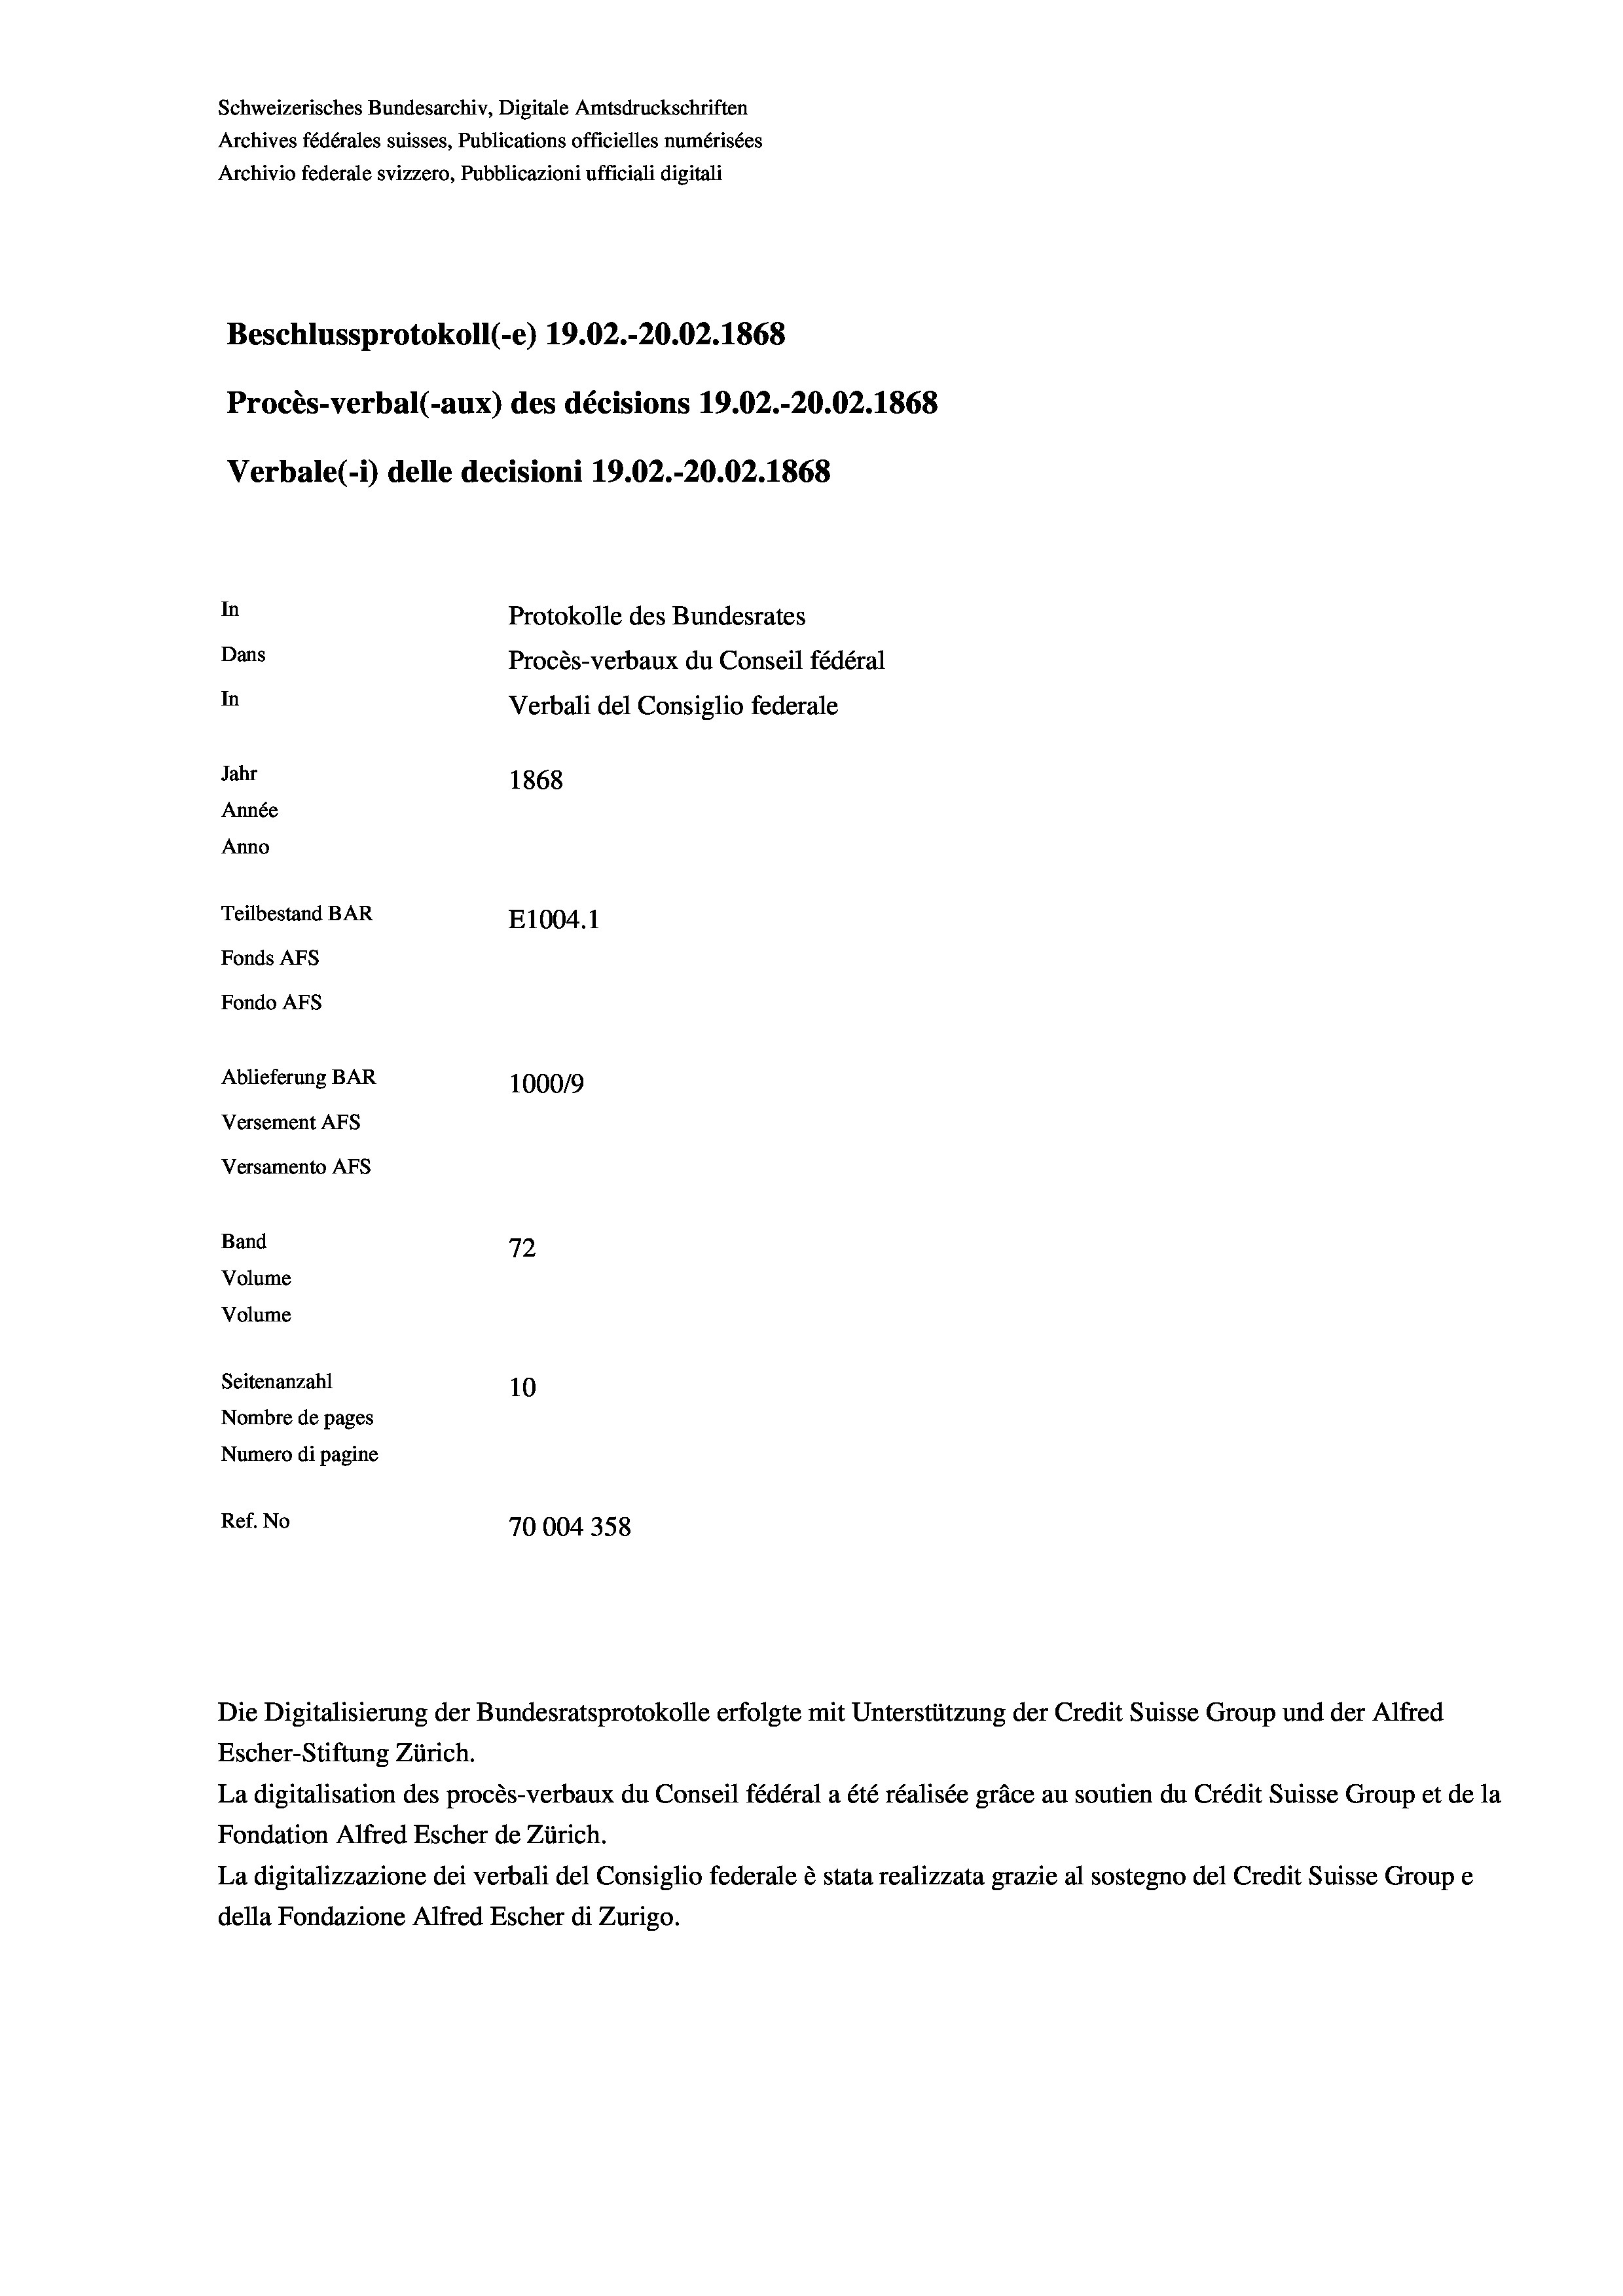
Schweizerisches Bundesarchiv, Digitale Amtsdruckschriften
Archives fédérales suisses, Publications officielles numérisées
Archivio federale svizzero, Pubblicazioni ufficiali digitali
Beschlussprotokoll (-e) 19.02.-20.02. 1868
Procès-verbal (-aux) des décisions 19.02.-20.02. 1868
Verbale(-*) delle decisioni 19.02.-20.02. 1868
In
Protokolle des Bundesrates
Dans
Procès-verbaux du Conseil fédéral
In
Verbali del Consiglio federale
Jahr
1868
Année
Anno
Teilbestand BAR
E1004. 1
Fonds AFs
Fondo Afs
Ablieferung BAR
100019
Versement AFs
Versamento AFs
Band
72
Volume
Volume
Seitenanzahl
10
Nombre de pages
Numero di pagine

Ref. No
70004358

Escher-Stiftung Zürich.
La digitalisation des procès-verbaux du Conseil fédéral a été réalisée gräce au soutien du Crédit Suisse Group et de la
Fondation Alfred Escher de Zürich.
La digitalizzazione dei verbali del Consiglio federale è stata realizzata grazie al sostegno del Credit Suisse Groupe
della Fondazione Alfred Escher di Zurigo.

Die Digitalisierung der Bundesratsprotokolle erfolgte mit Unterstützung der Credit Suisse Group und der Alfred